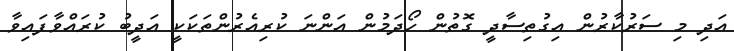
އަދި މި ސަރުކާރުން އިގުތިސާދީ ގޮތުން ހޯދަމުން އަންނަ ކުރިއެރުންތަކަކީ އަދީބު ކުރައްވާފައިވާ